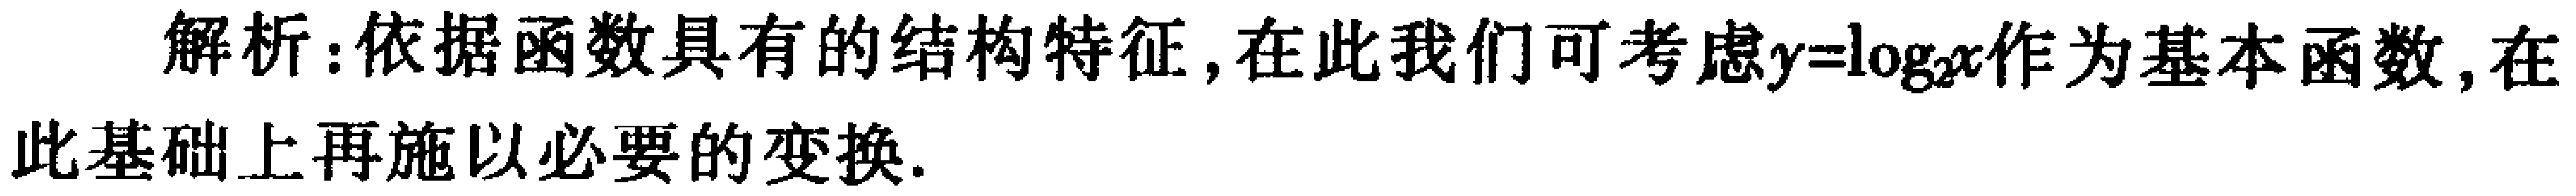
解析：依据函数具有的结构特征, 在此我们可考虑\(y = \log_2 x\)作为基本函数, 在此基础上再施以必要的变换.